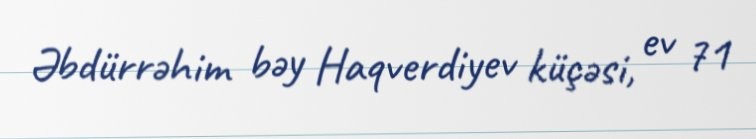
Əbdürrəhim bəy Haqverdiyev küçəsi, ev 71